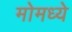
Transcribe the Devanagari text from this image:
मोमध्ये